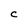
Character: c